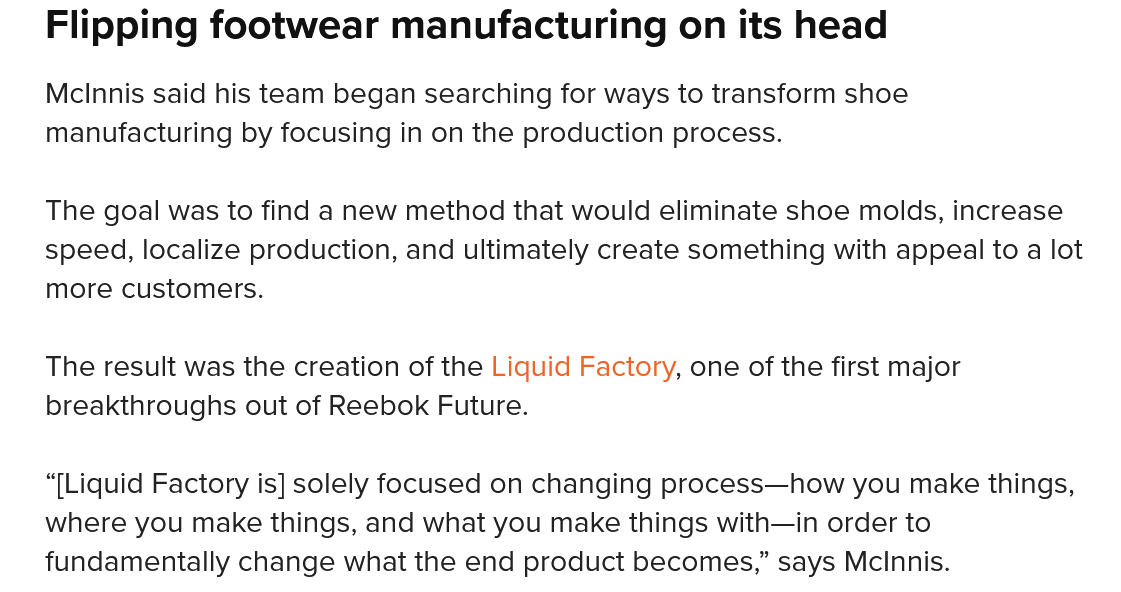
Flipping  footwear    manufacturing    on  its head
    McInnis said his team began searching for ways to transform shoe
    manufacturing by focusing in on the production process.
    The goal was to find a new method that would eliminate shoe molds, increase
    speed, localize production, and ultimately create something with appeal to a lot
    more customers.
    The result was the creation of the Liquid Factory, one of the first major
    breakthroughs out of Reebok Future.
    “[Liquid Factory is] solely focused on changing process—how you make things,
    where you make things, and what you make things with—in order to
   fundamentally change what the end product becomes,” says McInnis.